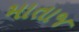
માતાજ